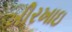
ખીરખાઇ